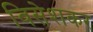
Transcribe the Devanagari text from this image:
विसेशकर